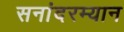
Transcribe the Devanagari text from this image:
सनांदरम्यान